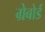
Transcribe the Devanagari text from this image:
ग्रेबोर्ड